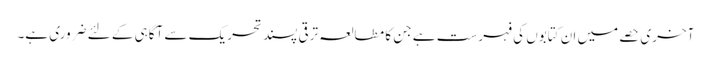
آخری حصے میں ان کتابوں کی فہرست ہے جن کا مطالعہ ترقی پسند تحریک سے آگاہی کے لئے ضروری ہے۔